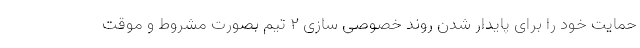
حمایت خود را برای پایدار شدن روند خصوصی سازی ۲ تیم بصورت مشروط و موقت